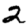
Digit: 2